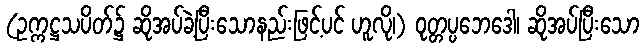
(ဥက္ကဋ္ဌသပိတ်၌ ဆိုအပ်ခဲ့ပြီးသောနည်းဖြင့်ပင် ဟူလို၊) ဝုတ္တပ္ပဘေဒေါ၊ ဆိုအပ်ပြီးသော